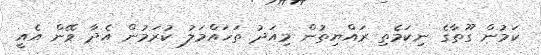
ކަމުން ގޫތާގެ ނިކަމެތި ރައްޔިތުން މިއަދު ތަހައްމަލު ކުރަމުން އެދާ ވޭން އެއީ